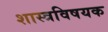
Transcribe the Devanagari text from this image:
शास्त्रविषयक